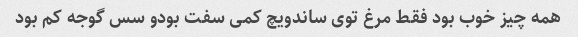
همه چیز خوب بود فقط مرغ توی ساندویچ کمی سفت بود‌و سس گوجه کم بود